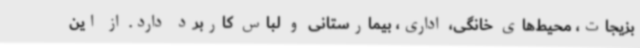
بزیجات، محیط‌های خانگی، اداری، بیمارستانی و لباس کاربرد دارد. از این